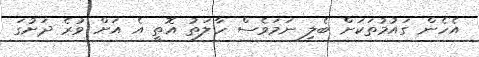
އެހެން ގައުމުތަކަށް ބެލި ނަމަވެސް ހާލަތު އޮތީ އެ އަށް ވުރެ ދަށުގަ